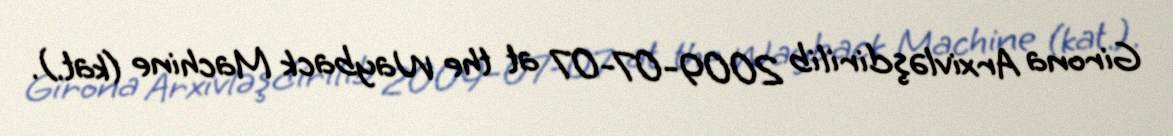
Girona Arxivləşdirilib 2009-07-07 at the Wayback Machine (kat.).